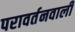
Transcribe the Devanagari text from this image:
परावर्तनवाली